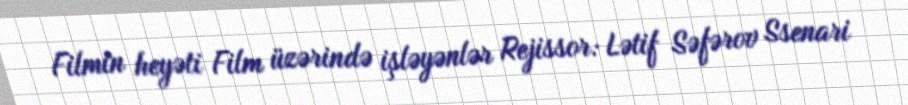
Filmin heyəti Film üzərində işləyənlər Rejissor: Lətif Səfərov Ssenari